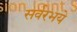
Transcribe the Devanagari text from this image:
सर्वरभये